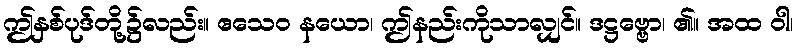
ဤနှစ်ပုဒ်တို့၌လည်း။ ဧသေဝ နယော၊ ဤနည်းကိုသာလျှင်။ ဒဋ္ဌဗ္ဗော၊ ၏။ အထ ဝါ၊